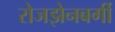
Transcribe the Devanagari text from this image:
रोजझेनबर्गी